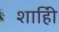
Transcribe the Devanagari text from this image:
शाहीि